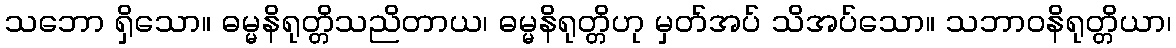
သဘော ရှိသော။ ဓမ္မနိရုတ္တိသညိတာယ၊ ဓမ္မနိရုတ္တိဟု မှတ်အပ် သိအပ်သော။ သဘာဝနိရုတ္တိယာ၊